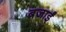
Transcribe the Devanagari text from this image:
बजाईं